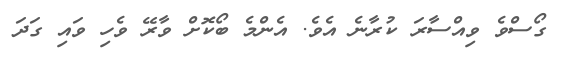
ގޯސްވެ ވިއްސާރަ ކުރާނެ އެވެ. އެންމެ ބޯކޮށް ވާރޭ ވެހި ވައި ގަދަ